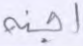
أجنة